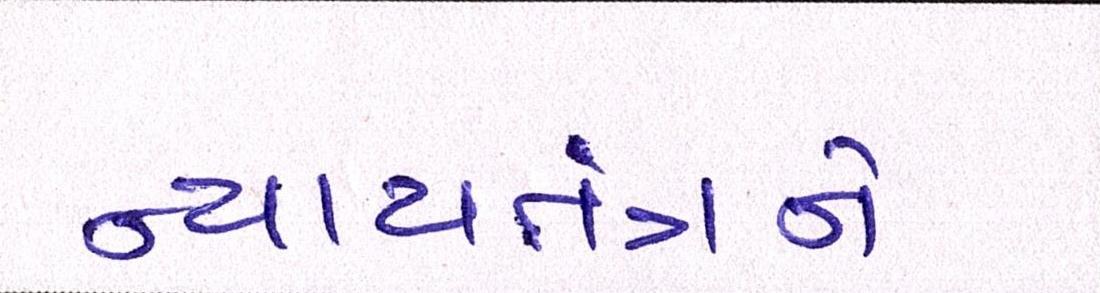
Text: ન્યાયતંત્રને